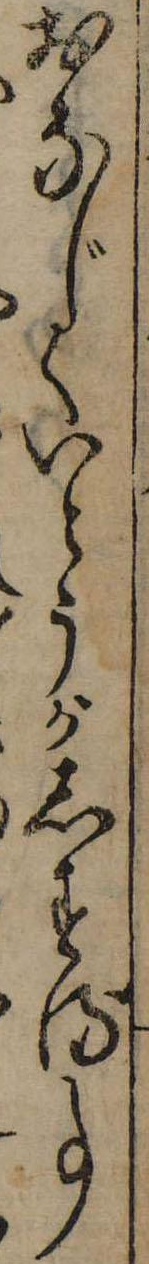
おなじくいとうがしする事